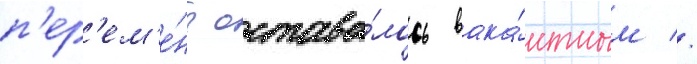
п'ер'ем'е́ны остава́лось вака́нтным //